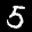
Label: 5